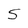
Character: S